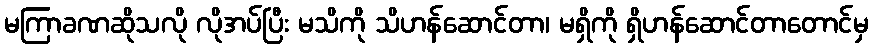
မကြာခဏဆိုသလို လိုအပ်ပြီး မသိကို သိဟန်ဆောင်တာ၊ မရှိကို ရှိဟန်ဆောင်တာတောင်မှ